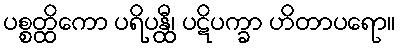
ပစ္စတ္ထိကော ပရိပန္ထီ၊ ပဋိပက္ခာ ဟိတာပရော။